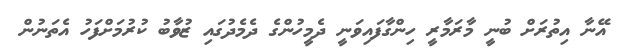
އޭނާ އިތުރަށް ބުނީ މާރަމާރީ ހިންގާފައިވަނީ ދެމީހުންގެ ދެމެދުގައި ޒުވާބު ކުރުމަށްފަހު އެތަނުން